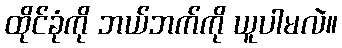
ထိုင်ခုံကို ဘယ်ဘက်ကို ယူပါမလဲ။